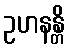
ဥဟနန္တိ